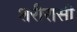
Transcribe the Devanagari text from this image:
शरीरासी